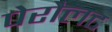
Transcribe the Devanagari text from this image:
पेरौलट